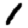
Digit: 1